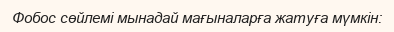
Фобос сөйлемі мынадай мағыналарға жатуға мүмкін: